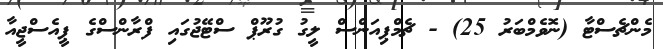
މެންޗެސްޓާ (ނޮވެމްބަރު 25) - ޗެމްޕިއަންސް ލީގު ގުރޫޕް ސްޓޭޖުގައި ފްރާންސްގެ ޕީއެސްޖީއާ